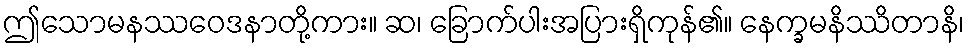
ဤသောမနဿဝေဒနာတို့ကား။ ဆ၊ ခြောက်ပါးအပြားရှိကုန်၏။ နေက္ခမနိဿိတာနိ၊